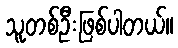
သူတစ်ဦးဖြစ်ပါတယ်။